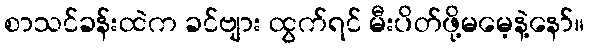
စာသင်ခန်းထဲက ခင်ဗျား ထွက်ရင် မီးပိတ်ဖို့မမေ့နဲ့နော်။